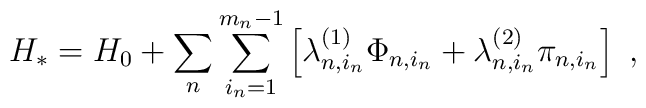
H_*=H_0+\sum_n\sum_{i_n=1}^{m_n-1}\left[\lambda_{n,i_n}^{(1)}\Phi_{n,i_n}+\lambda_{n,i_n}^{(2)}\pi_{n,i_n}\right]\ ,